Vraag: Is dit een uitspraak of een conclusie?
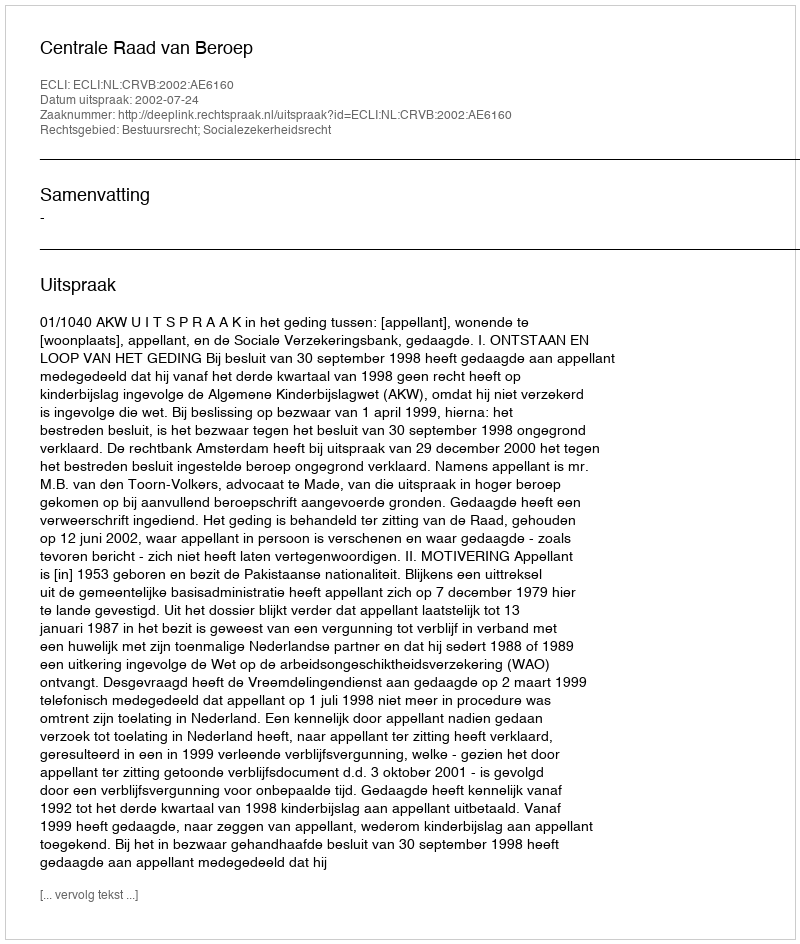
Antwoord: Uitspraak